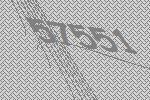
57551